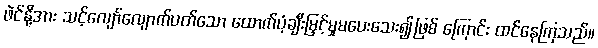
ဖဲင်နို့အား သင့်လျော်လျောက်ပတ်သော ထောက်ပံ့ချီးမြှင့်မှုမပေးသေး၍ဖြစ် ကြောင်း ထင်နေကြသည်။